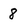
Character: 8